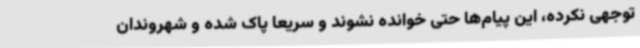
توجهی نکرده، این پیام‌ها حتی خوانده نشوند و سریعا پاک شده و شهروندان